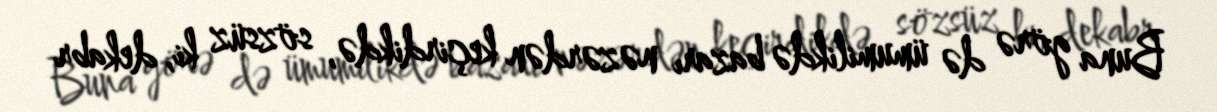
Buna görə də ümumilikdə bazarı nəzərdən keçirdikdə, sözsüz ki, dekabr